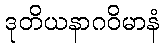
ဒုတိယနာဂဝိမာနံ